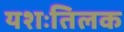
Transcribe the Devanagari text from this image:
यशःतिलक